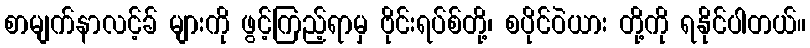
စာမျက်နာလင့်ခ် များကို ဖွင့်ကြည့်ရာမှ ဗိုင်းရပ်စ်တို့၊ စပိုင်ဝဲယား တို့ကို ရနိုင်ပါတယ်။